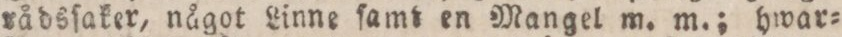
rådsſaker, något Linne ſamt en Mangel m. m.; hwar=